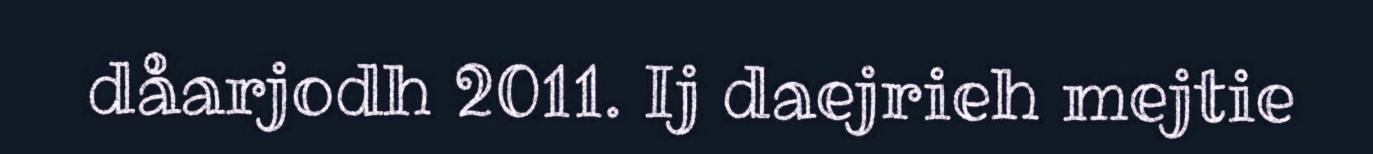
dåarjodh 2011. Ij daejrieh mejtie